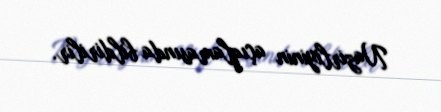
Nazirliyinin açıqlamasında bildirilir.